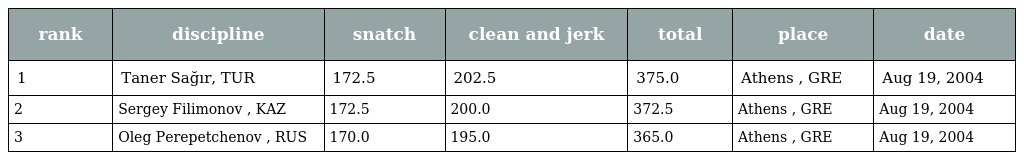
| rank | discipline | snatch | clean and jerk | total | place | date |
 | --- | --- | --- | --- | --- | --- | --- |
 | 1 | Taner Sağır, TUR | 172.5 | 202.5 | 375.0 | Athens , GRE | Aug 19, 2004 |
 | 2 | Sergey Filimonov , KAZ | 172.5 | 200.0 | 372.5 | Athens , GRE | Aug 19, 2004 |
 | 3 | Oleg Perepetchenov , RUS | 170.0 | 195.0 | 365.0 | Athens , GRE | Aug 19, 2004 |